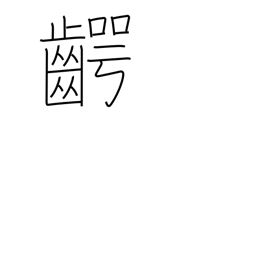
Meaning: jaw